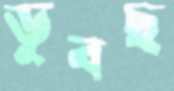
ডুবছ